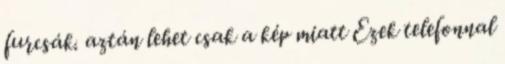
furcsák. aztán lehet csak a kép miatt Ezek telefonnal